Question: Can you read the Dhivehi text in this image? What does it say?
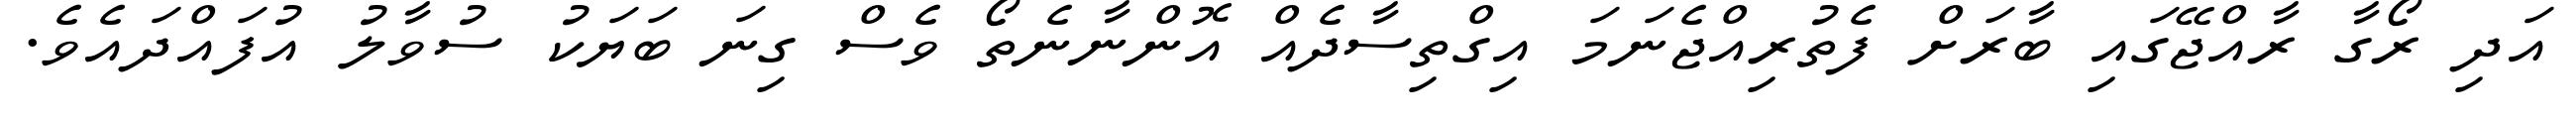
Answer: އަދި ރޯގާ ރާއްޖޭގައި ބާރަށް ފެތުރިއްޖެނަމަ އިގްތިސާދެއް އޮންނާނެތޯ ވެސް ގިނަ ބަޔަކު ސުވާލު އުފައްދައެވެ.